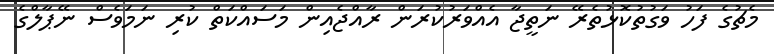
މެޗުގެ ފަހު ވަގުތުކޮޅުތެރޭ ނަތީޖާ އެއްވަރުކުރަން ރާއްޖެއިން މަސައްކަތް ކުރި ނަމަވެސް ނޭޕާލްގެ